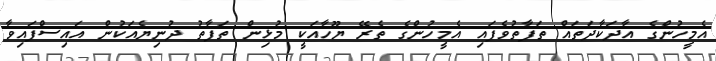
އެމީހުންގެ އާދަކާދަތައް ތަފާތުވެފައި އެމީހުންގެ ތެރޭ ޔޫހާއަކީ މުޅިން ތަފާތު ދުނިޔެއަކުން އައިސްފައިވާ